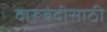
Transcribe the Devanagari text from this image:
दारूबंदीसाठी